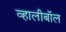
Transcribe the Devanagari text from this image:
व्हालीबॉल